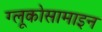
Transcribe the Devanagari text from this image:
ग्लूकोसामाइन